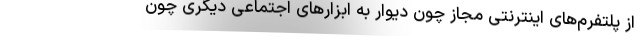
از پلتفرم‌های اینترنتی مجاز چون دیوار به ابزارهای اجتماعی دیگری چون